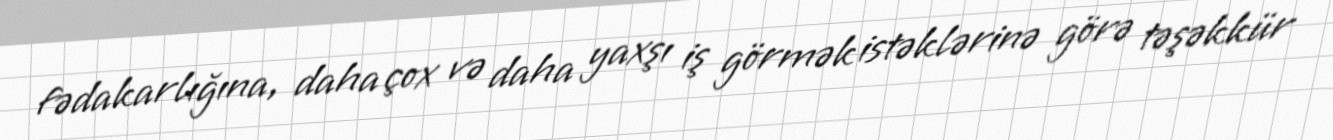
fədakarlığına, daha çox və daha yaxşı iş görmək istəklərinə görə təşəkkür